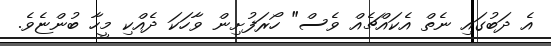
އެ ދަބުގައި ނެތް އެކައްޗެއް ވެސް" ހޯރަފުށިން ވާހަކަ ދެއްކި މީހާ ބުންޏެވެ.